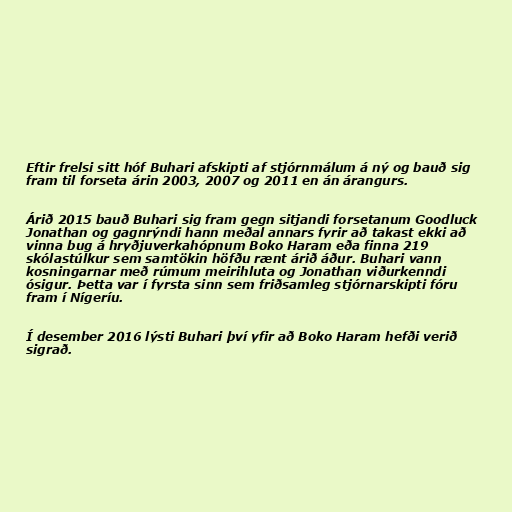
Eftir frelsi sitt hóf Buhari afskipti af stjórnmálum á ný og bauð sig
fram til forseta árin 2003, 2007 og 2011 en án árangurs.

Árið 2015 bauð Buhari sig fram gegn sitjandi forsetanum Goodluck
Jonathan og gagnrýndi hann meðal annars fyrir að takast ekki að
vinna bug á hryðjuverkahópnum Boko Haram eða finna 219
skólastúlkur sem samtökin höfðu rænt árið áður. Buhari vann
kosningarnar með rúmum meirihluta og Jonathan viðurkenndi
ósigur. Þetta var í fyrsta sinn sem friðsamleg stjórnarskipti fóru
fram í Nígeríu.

Í desember 2016 lýsti Buhari því yfir að Boko Haram hefði verið
sigrað.